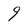
Character: 9